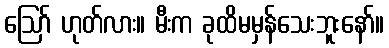
ဪ ဟုတ်လား။ မီးက ခုထိမမှန်သေးဘူးနော်။